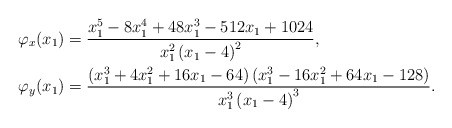
\begin{align*} \begin{aligned} \varphi_x(x_1) &= \frac{x_{1}^{5}-8 x_{1}^{4}+48 x_{1}^{3}-512 x_{1}+1024} {x_{1}^{2} \left(x_1-4\right)^2},\\ \varphi_y(x_1) &=\frac{\left(x_{1}^{3}+4 x_{1}^{2}+16 x_{1}-64\right) \left(x_{1}^{3}-16 x_{1}^{2}+64 x_{1}-128\right)}{x_{1}^{3} \left(x_{1}-4\right)^{3}}.\end{aligned}\end{align*}